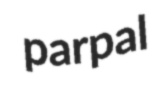
parpal